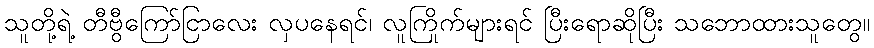
သူတို့ရဲ့ တီဗွီကြော်ငြာလေး လှပနေရင်၊ လူကြိုက်များရင် ပြီးရောဆိုပြီး သဘောထားသူတွေ။